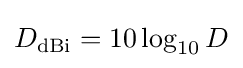
D_{\text{dBi}}=10\log _{10}D